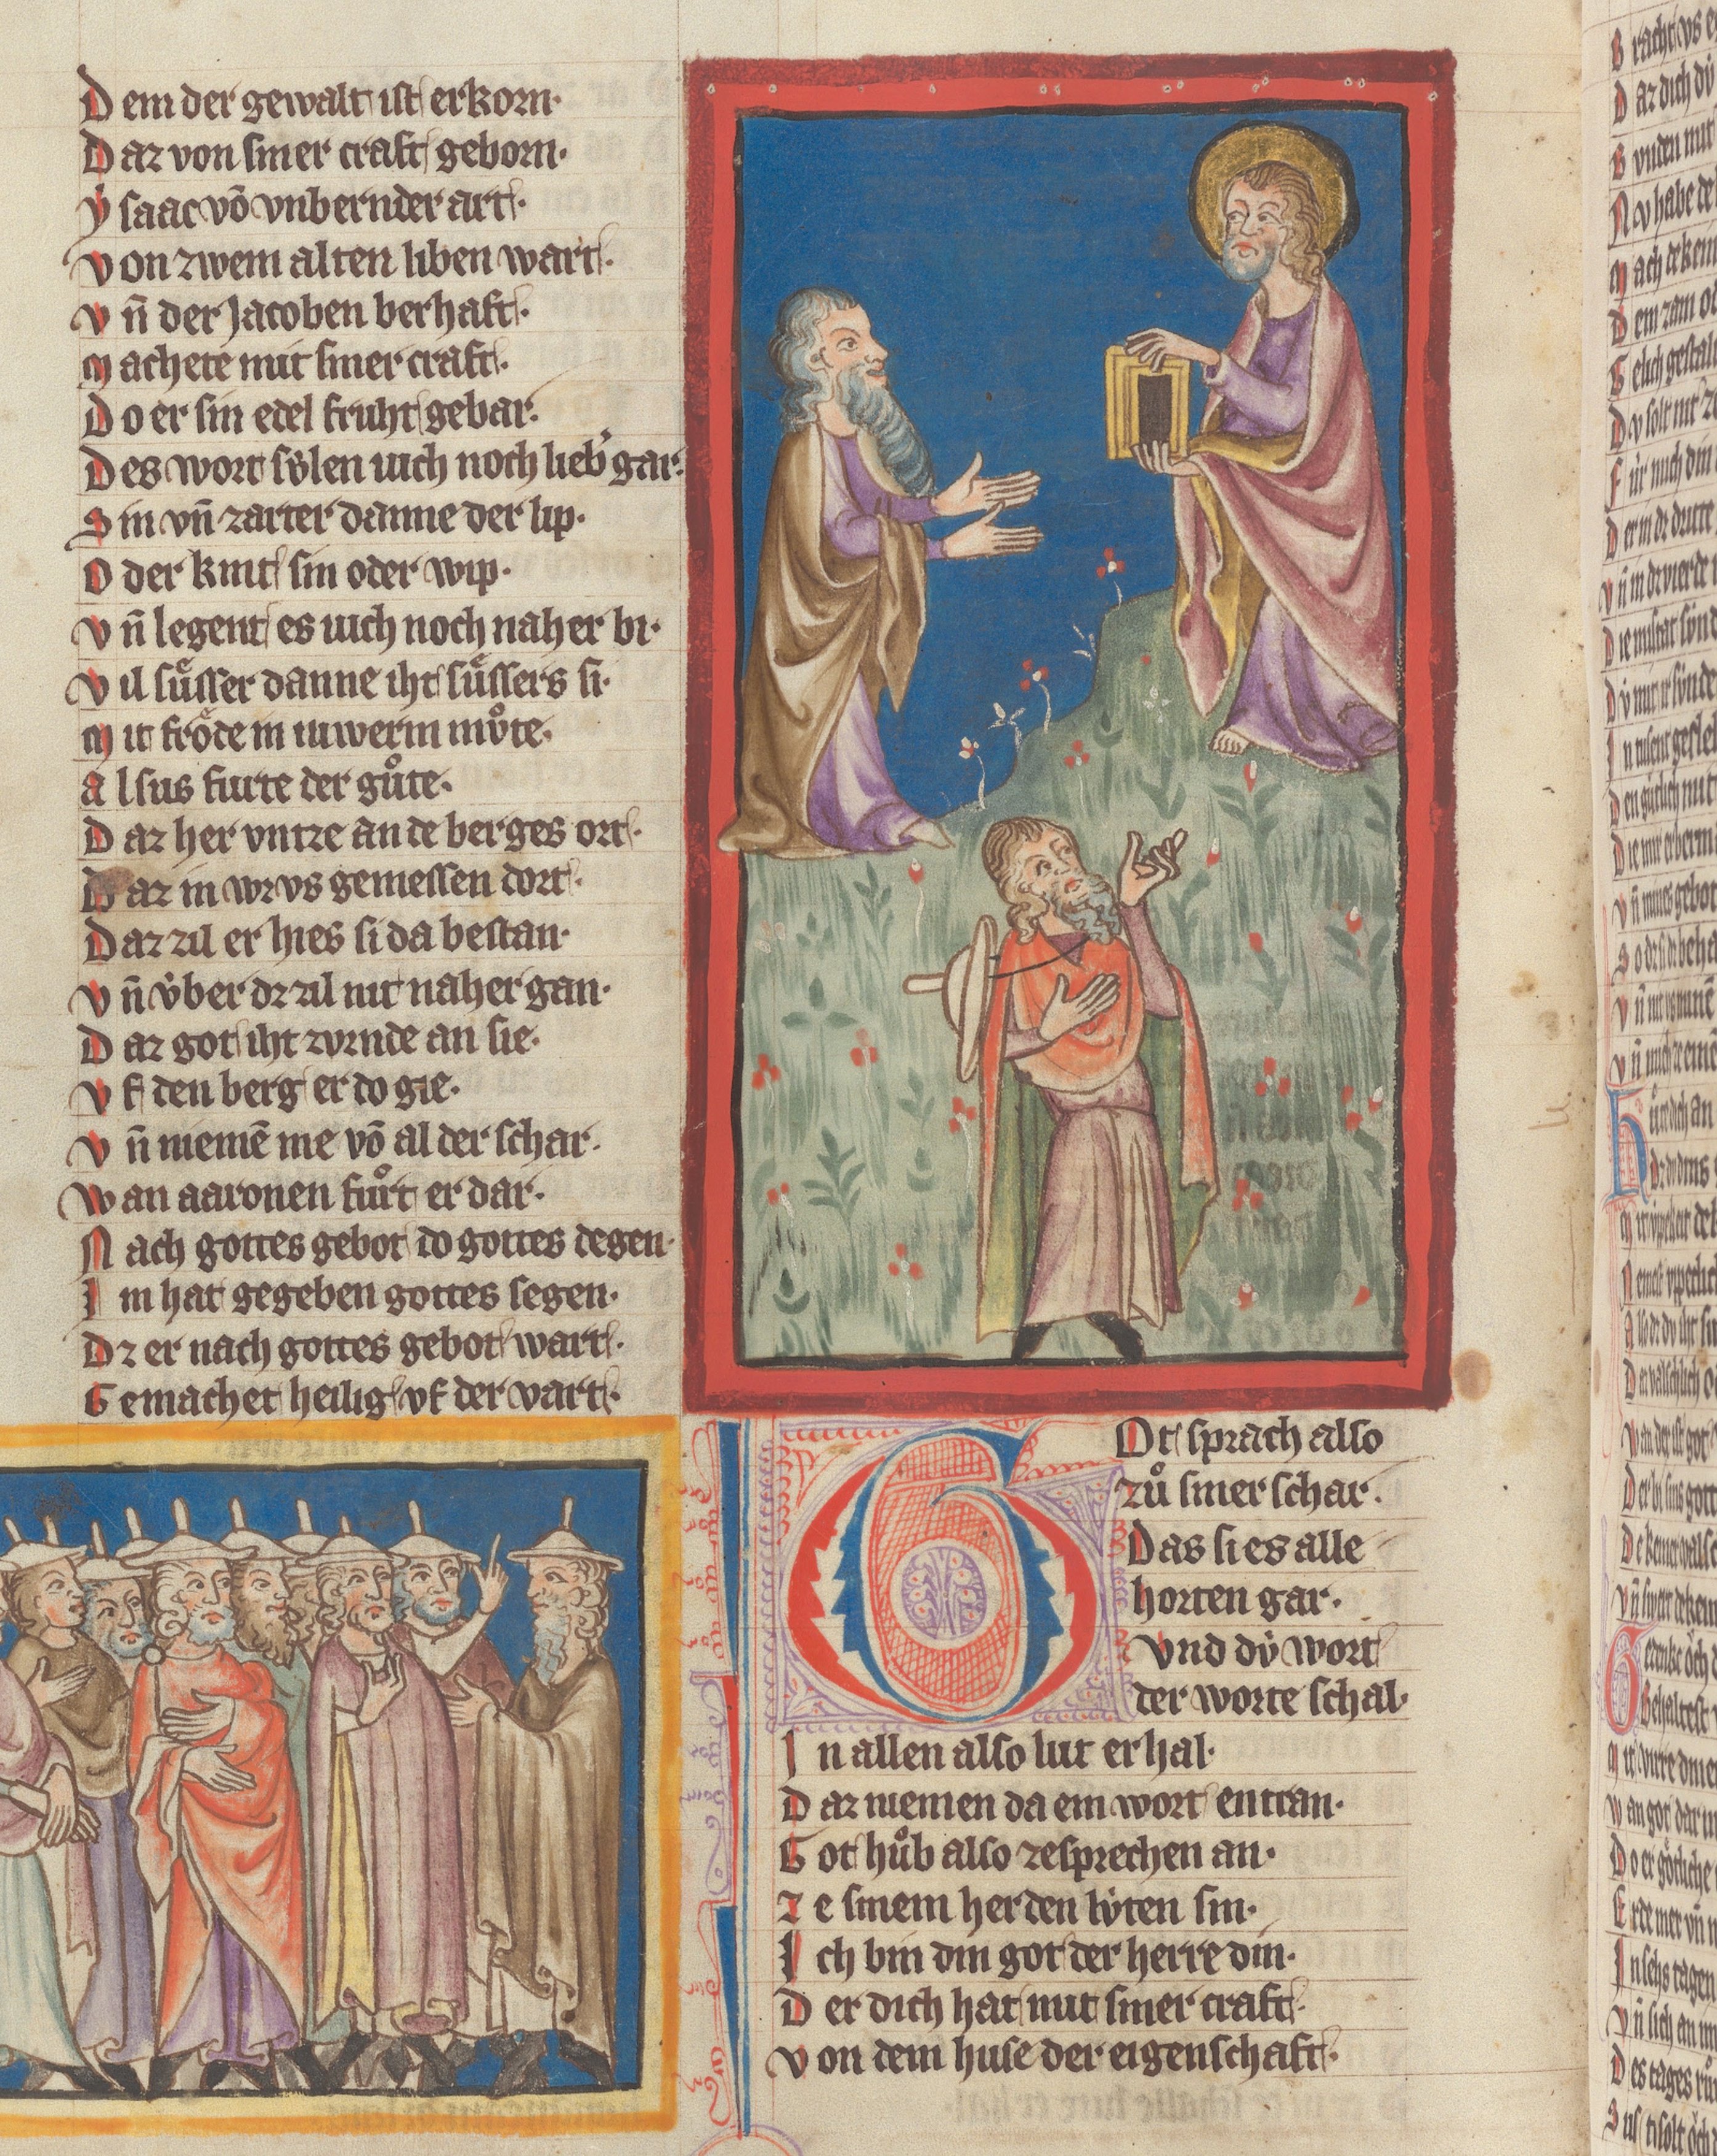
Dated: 1340–1350